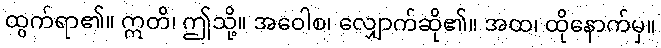
ထွက်ရာ၏။ ဣတိ၊ ဤသို့။ အဝေါစ၊ လျှောက်ဆို၏။ အထ၊ ထိုနောက်မှ။